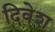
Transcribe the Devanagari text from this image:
दिवेश